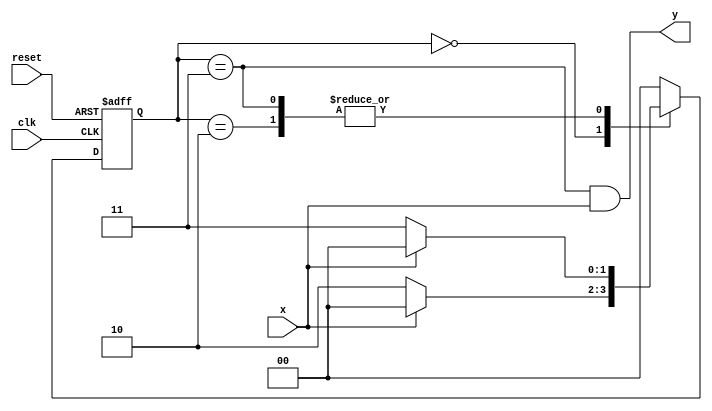
module automat2
  (
    input x,
    input clk,
    input reset,
    output y
  );
    
  localparam [1:0] s1 = 2'd0, s2 = 2'd2, s3 = 2'd3;
  reg [1:0] state_reg, state_next;
  
  // rejestr automatu
  always@(posedge clk, posedge reset)
    if(reset)
      state_reg <= s1;
    else
      state_reg <= state_next;

  // przejscia automatu
  always@* begin
    case(state_reg)
      s1: if(x)
            state_next = s1; // 1
          else
            state_next = s2; // 0
      s2: if(x)
            state_next = s1; // 1
          else
            state_next = s3; // 0
      s3: if(x)
            state_next = s1; // 1
          else
            state_next = s3; // 0
      default: state_next = s1;
    endcase
  end
 
  // wyjscie automatu	
	assign y = (state_reg == s3) & x;
	
  // do symulacji przejsc automatu
  reg [2*8-1:0] aut; // 2 znakowy string : char=8bitw

  always@*
    case(state_reg)
      s1: aut = "s1";
      s2: aut = "s2";
      s3: aut = "s3";
    endcase
  
endmodule